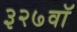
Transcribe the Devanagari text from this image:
३२७वॉ